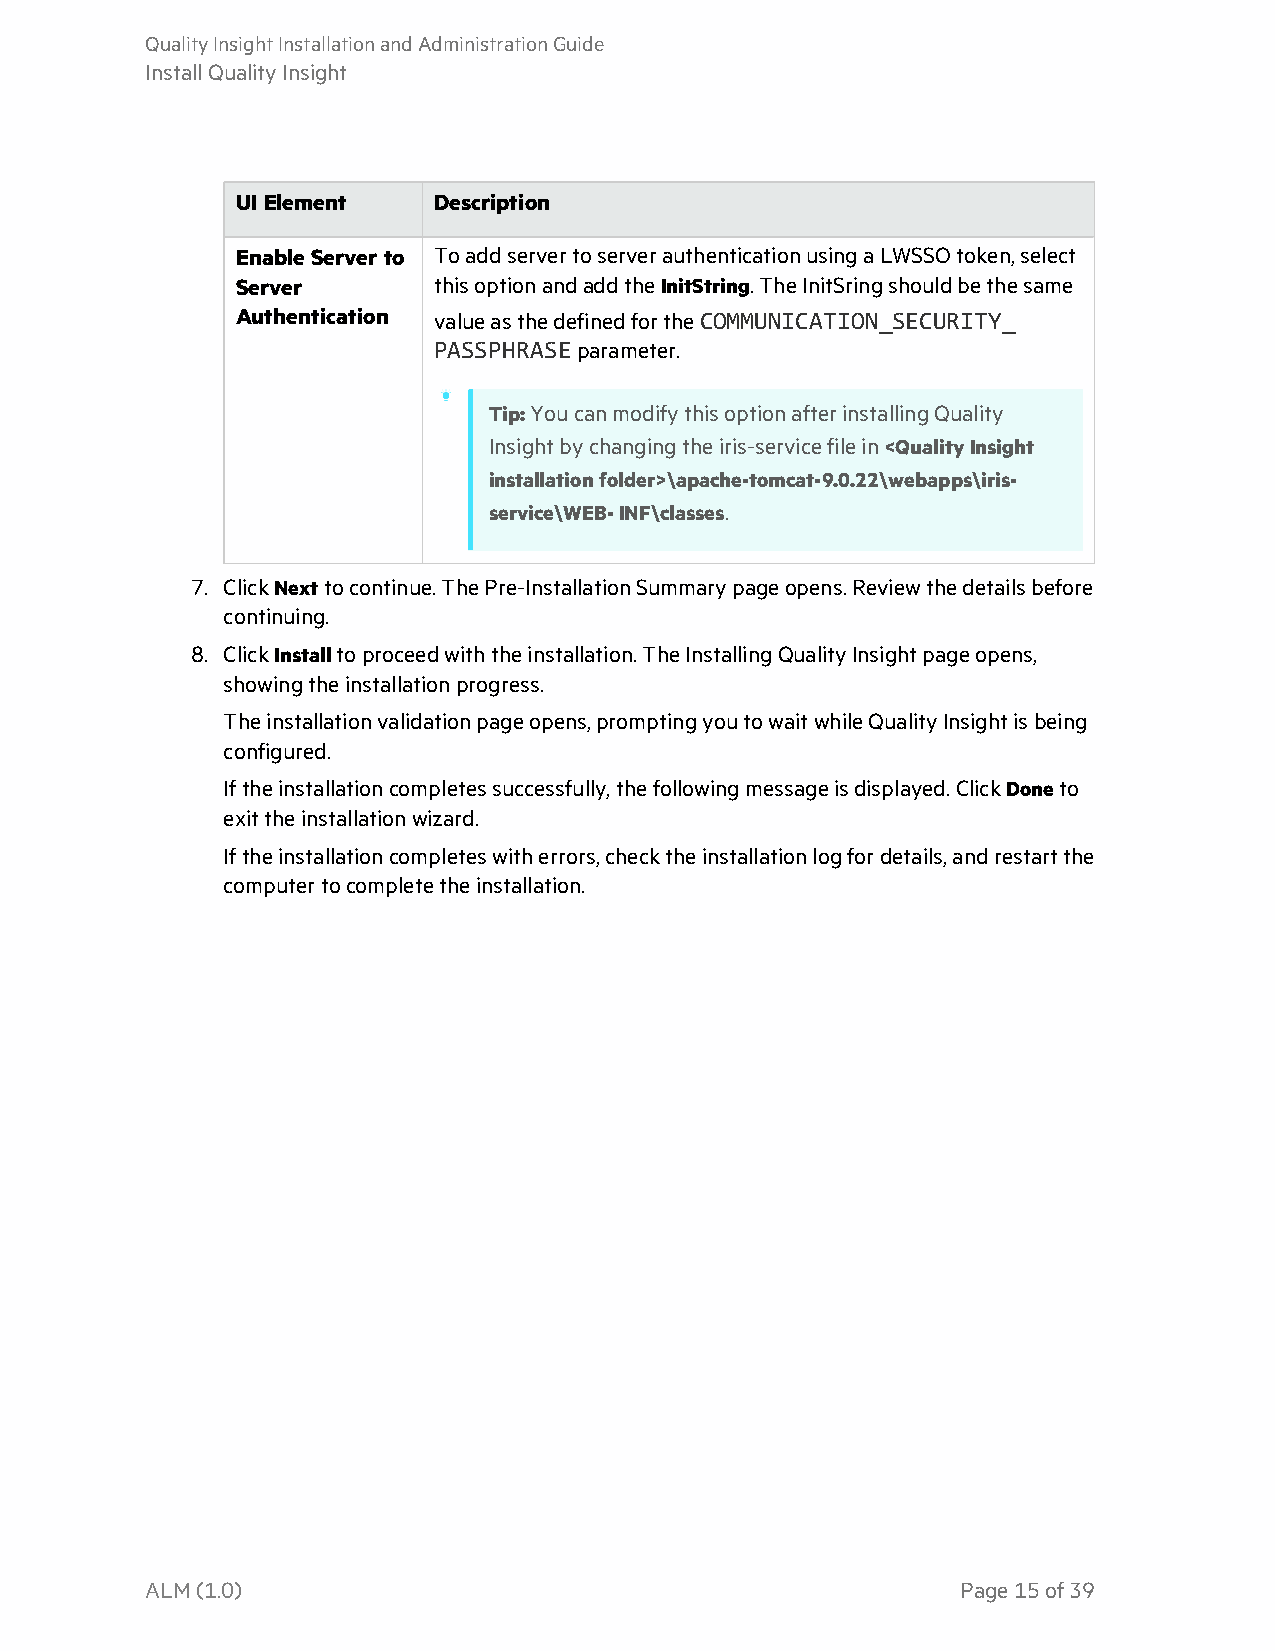
QualityInsightInstallationandAdministrationGuide
 InstallQualityInsight
 UI Element   Description
 EnableServerto ToaddservertoserverauthenticationusingaLWSSOtoken,select
 Server       thisoptionandaddtheInitString.TheInitSringshouldbethesame
 Authentication valueasthedefinedfortheCOMMUNICATION_SECURITY_
 PASSPHRASEparameter.
 Tip:YoucanmodifythisoptionafterinstallingQuality
 Insightbychangingtheiris-servicefilein<QualityInsight
 installationfolder>\apache-tomcat-9.0.22\webapps\iris-
 service\WEB-INF\classes.
 7. ClickNexttocontinue.ThePre-InstallationSummarypageopens.Reviewthedetailsbefore
 continuing.
 8. ClickInstalltoproceedwiththeinstallation.TheInstallingQualityInsightpageopens,
 showingtheinstallationprogress.
 Theinstallationvalidationpageopens,promptingyoutowaitwhileQualityInsightisbeing
 configured.
 Iftheinstallationcompletessuccessfully,thefollowingmessageisdisplayed.ClickDoneto
 exittheinstallationwizard.
 Iftheinstallationcompleteswitherrors,checktheinstallationlogfordetails,andrestartthe
 computertocompletetheinstallation.
 ALM(1.0)                                              Page15of39